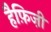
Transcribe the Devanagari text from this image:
हैफ़िज़ी